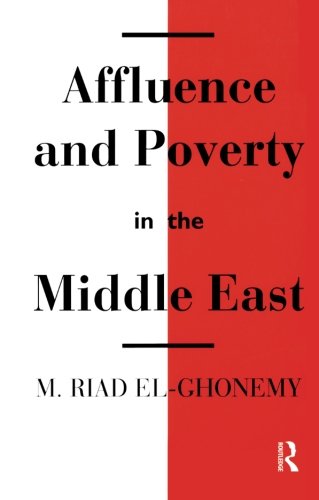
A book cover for Affluence and Poverty in the Middle East; M. Riad El-Ghonemy; Business & Money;